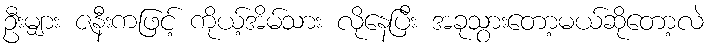
ဦးမျှား ဇနီးကဖြင့် ကိုယ့်အိမ်သား လိုနေပြီး အခုသွားတော့မယ်ဆိုတော့လဲ